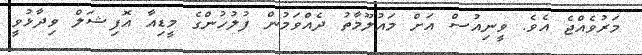
މަރުވެއްޖެ އެވެ. ވީނިއުސް އަށް މައުލޫމާތު ދެއްވަމުން ފުލުހުންގެ މީޑިއާ އޮފިޝަލް ވިދާޅުވީ